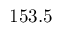
1 5 3 . 5